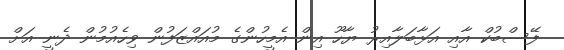
ފޭސްބުކް އާއި އަޅާބަލާއިރު ޔާހޫ އިން އެމީހުންގެ މުއައްޒަފުން ވިހެއުމުން ދެނީ އަށް